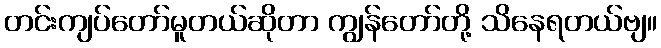
တင်းကျပ်တော်မူတယ်ဆိုတာ ကျွန်တော်တို့ သိနေရတယ်ဗျ။